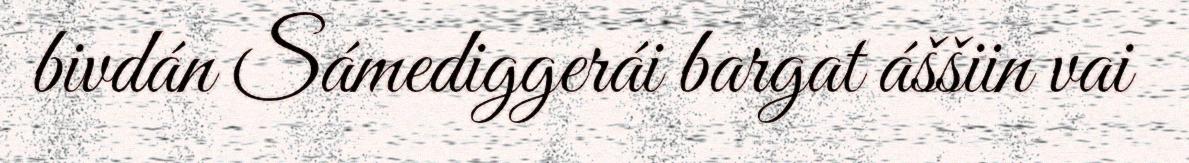
bivdán Sámediggerái bargat áššiin vai